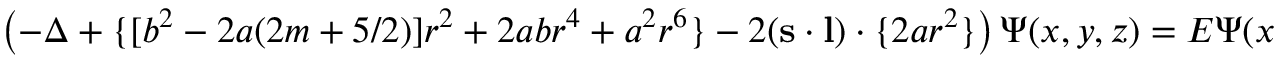
\left( - \Delta + \{ [ b ^ { 2 } - 2 a ( 2 m + 5 / 2 ) ] r ^ { 2 } + 2 a b r ^ { 4 } + a ^ { 2 } r ^ { 6 } \} - 2 ( { \bf s \cdot l } ) \cdot \{ 2 a r ^ { 2 } \} \right) \Psi ( x , y , z ) = E \Psi ( x , y , z )